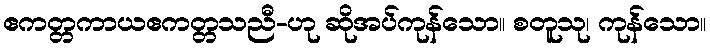
ဧကတ္တကာယဧကတ္တသညီ-ဟု ဆိုအပ်ကုန်သော။ စတူသု၊ ကုန်သော။